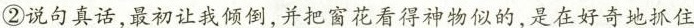
②说句真话，最初让我倾倒，并把窗花看得神物似的，是在好奇地抓住